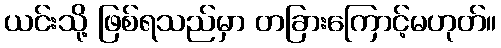
ယင်းသို့ ဖြစ်ရသည်မှာ တခြားကြောင့်မဟုတ်။